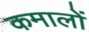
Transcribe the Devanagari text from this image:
कमालों